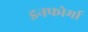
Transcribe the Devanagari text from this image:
इनफोर्मा